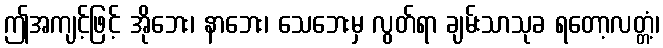
ဤအကျင့်ဖြင့် အိုဘေး၊ နာဘေး၊ သေဘေးမှ လွတ်ရာ ချမ်းသာသုခ ရတော့လတ္တံ့၊